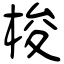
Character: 梭